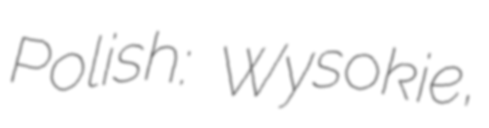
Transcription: Polish: Wysokie,